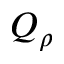
Q _ { \rho }